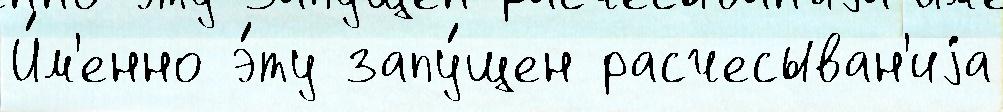
И́м'енно э́ту запу́щен расчесыван'иjа